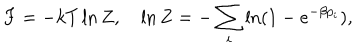
LaTeX: F = - k T \ln Z , \quad \ln Z = - \sum _ { i } \ln ( 1 - e ^ { - \beta p _ { i } } ) ,